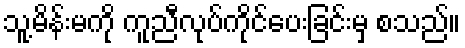
သူ့မိန်းမကို ကူညီလုပ်ကိုင်ပေးခြင်းမှ စသည်။